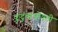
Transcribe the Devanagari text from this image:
कुटुंबांभोवती